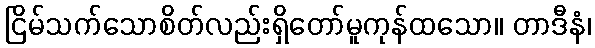
ငြိမ်သက်သောစိတ်လည်းရှိတော်မူကုန်ထသော။ တာဒီနံ၊